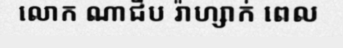
លោក ណាជីប រ៉ាហ្សាក់ ពេល